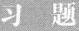
习题